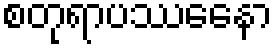
စတုရာပဿေနော